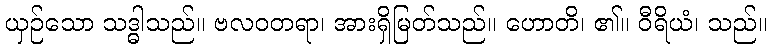
ယှဉ်သော သဒ္ဓါသည်။ ဗလဝတရာ၊ အားရှိမြတ်သည်။ ဟောတိ၊ ၏။ ဝီရိယံ၊ သည်။